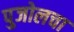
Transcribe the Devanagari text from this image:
पुजोलचा